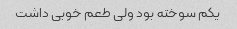
یکم سوخته بود ولی طعم خوبی داشت